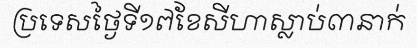
ប្រទេសថ្ងៃទី១៧ខែសីហាស្លាប់៣នាក់